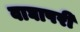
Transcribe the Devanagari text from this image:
वाघापरी